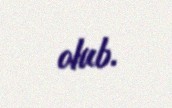
olub.